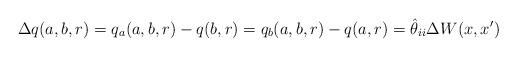
LaTeX: \begin{align*}\Delta q(a,b,r)=q_{a}(a,b,r)-q(b,r)=q_{b}(a,b,r)-q(a,r)=\hat{\theta }_{ii}\Delta W(x,x') \end{align*}